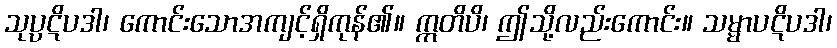
သုပ္ပဋိပဒါ၊ ကောင်းသောအကျင့်ရှိကုန်၏။ ဣတိပိ၊ ဤသို့လည်းကောင်း။ သမ္မာပဋိပဒါ၊